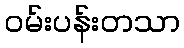
ဝမ်းပန်းတသာ